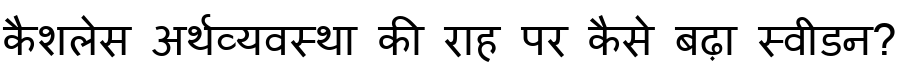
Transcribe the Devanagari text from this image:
कैशलेस अर्थव्यवस्था की राह पर कैसे बढ़ा स्वीडन?